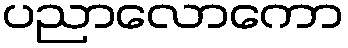
ပညာလောကော